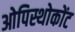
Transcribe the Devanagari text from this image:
ओपिस्थोकोंट